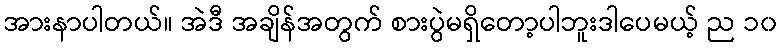
အားနာပါတယ်။ အဲဒီ အချိန်အတွက် စားပွဲမရှိတော့ပါဘူးဒါပေမယ့် ည ၁၀